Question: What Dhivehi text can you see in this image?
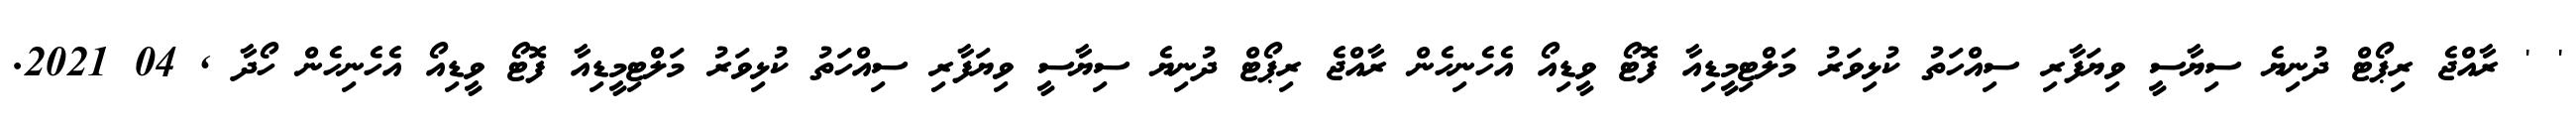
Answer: ' ' ރާއްޖެ ރިޕޯޓް ދުނިޔެ ސިޔާސީ ވިޔަފާރި ސިއްހަތު ކުޅިވަރު މަލްޓިމީޑިއާ ފޮޓޯ ވީޑިއޯ އެހެނިހެން ރާއްޖެ ރިޕޯޓް ދުނިޔެ ސިޔާސީ ވިޔަފާރި ސިއްހަތު ކުޅިވަރު މަލްޓިމީޑިއާ ފޮޓޯ ވީޑިއޯ އެހެނިހެން ހޯދާ , 04 2021.